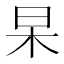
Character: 杲